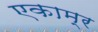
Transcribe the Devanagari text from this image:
एकाम्र